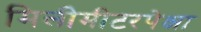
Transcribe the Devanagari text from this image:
मिलीमीटरपेक्षा